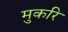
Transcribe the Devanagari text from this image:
मुकरि